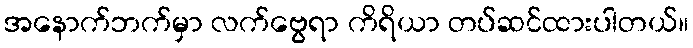
အနောက်ဘက်မှာ လက်ဗွေရာ ကိရိယာ တပ်ဆင်ထားပါတယ်။